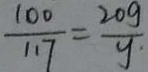
\frac { 1 0 0 } { 1 1 7 } = \frac { 2 0 g } { y . }